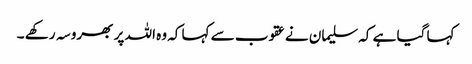
کہا گیا ہے کہ سلیمان نے عقوب سے کہا کہ وہ اللہ پر بھروسہ رکھے ۔